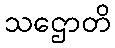
သဌောတိ